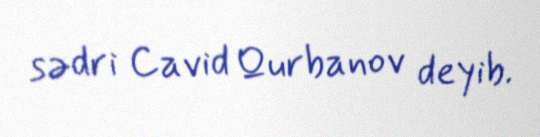
sədri Cavid Qurbanov deyib.